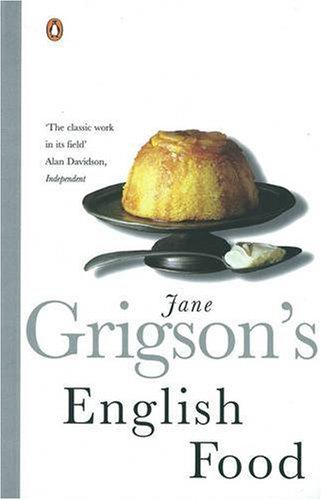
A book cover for Jane Grigsons English Food; Jane Grigson; Cookbooks, Food & Wine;